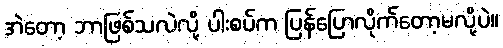
အဲတော့ ဘာဖြစ်သလဲလို့ ပါးစပ်က ပြန်ပြောလိုက်တော့မလို့ပဲ။